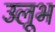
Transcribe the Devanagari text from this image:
उलूभ